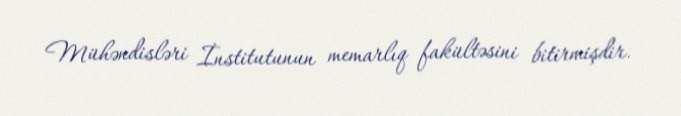
Mühəndisləri İnstitutunun memarlıq fakültəsini bitirmişdir.